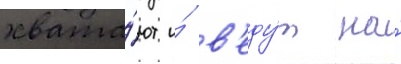
хвата́ют и́ в'еду́т на́